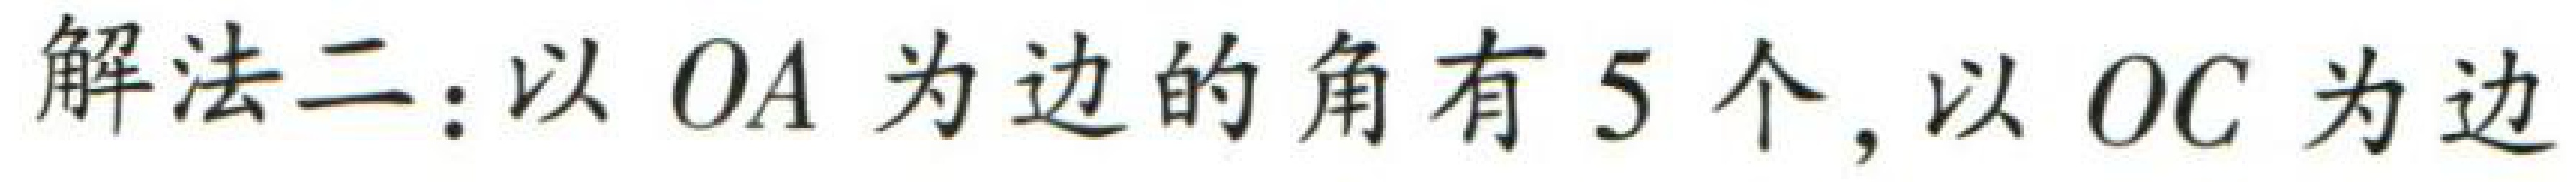
解法二：以 \(OA\) 为边的角有 \(5\) 个，以 \(OC\) 为边